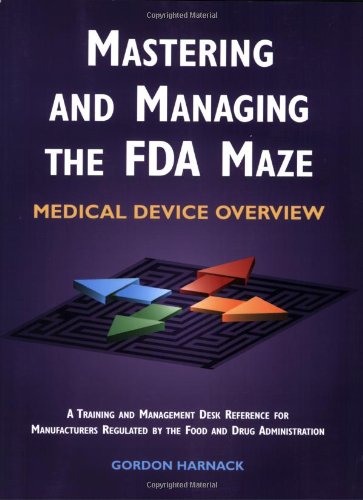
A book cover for Mastering and Managing the FDA Maze: Medical Device Overview: A Training and Management Desk Reference for Manufacturers Regulated by the Food and Drug Administration; Gordon Harnack; Medical Books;